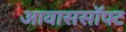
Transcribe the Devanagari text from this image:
आवाससॉफ्ट